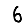
Digit: 6